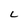
Character: L